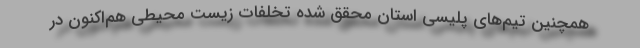
همچنین تیم‌های پلیسی استان محقق شده تخلفات زیست محیطی هم‌اکنون در